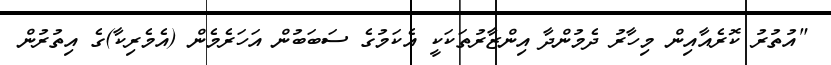
"އުތުރު ކޮރެއާއިން މިހާރު ދެމުންދާ އިންޒާރުތަކަކީ އެކަމުގެ ސަބަބުން އަހަރެމެން (އެމެރިކާ)ގެ އިތުރުން